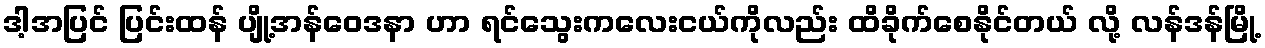
ဒါ့အပြင် ပြင်းထန် ပျို့အန်ဝေဒနာ ဟာ ရင်သွေးကလေးငယ်ကိုလည်း ထိခိုက်စေနိုင်တယ် လို့ လန်ဒန်မြို့